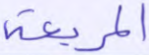
المربعة